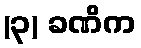
(၃) ခဏိက